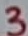
Text: 3